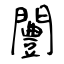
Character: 闦